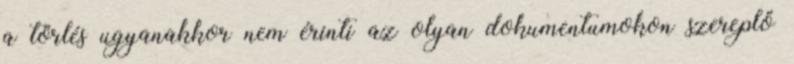
a törlés ugyanakkor nem érinti az olyan dokumentumokon szereplő